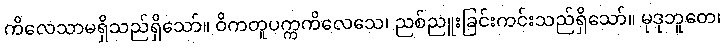
ကိလေသာမရှိသည်ရှိသော်။ ဝိကတူပက္ကကိလေသေ၊ ညစ်ညူးခြင်းကင်းသည်ရှိသော်။ မုဒုဘူတေ၊